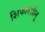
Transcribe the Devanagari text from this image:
शिफारशीनु